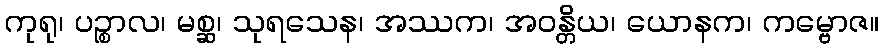
ကုရု၊ ပဉ္စာလ၊ မစ္ဆ၊ သုရသေန၊ အဿက၊ အဝန္တိယ၊ ယောနက၊ ကမ္ဗောဇ။